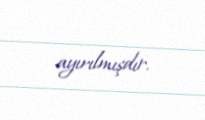
ayırılmışdır.